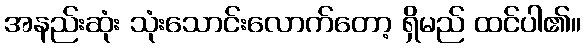
အနည်းဆုံး သုံးသောင်းလောက်တော့ ရှိမည် ထင်ပါ၏။